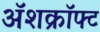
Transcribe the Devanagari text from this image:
अॅशक्रॉफ्ट